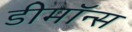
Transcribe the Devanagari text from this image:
डीमॉन्स